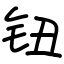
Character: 钮